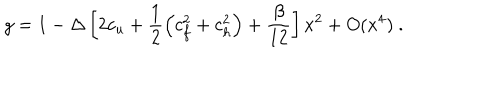
LaTeX: g = 1 - \Delta \left[ 2 c _ { u } + \frac 1 2 \left( c _ { f } ^ { 2 } + c _ { h } ^ { 2 } \right) + \frac \beta { 1 2 } \right] x ^ { 2 } + O ( x ^ { 4 } ) \ .